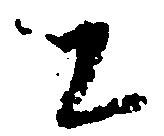
に